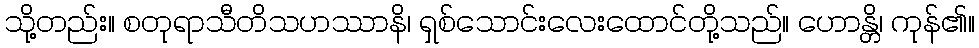
သို့တည်း။ စတုရာသီတိသဟဿာနိ၊ ရှစ်သောင်းလေးထောင်တို့သည်။ ဟောန္တိ၊ ကုန်၏။